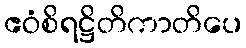
ဧဝံစိရဋ္ဌိတိကာတိပေ